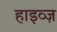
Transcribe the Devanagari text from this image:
हाइव्ज़